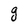
Character: g